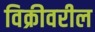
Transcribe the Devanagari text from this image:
विक्रीवरील